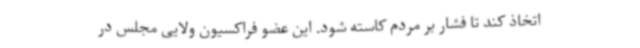
اتخاذ کند تا فشار بر مردم کاسته شود. این عضو فراکسیون ولایی مجلس در